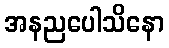
အနညပေါသိနော